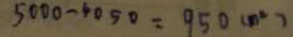
5 0 0 0 - 4 0 5 0 = 9 5 0 ( m ^ { 2 } )